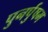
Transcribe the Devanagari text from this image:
पुनर्पुषम